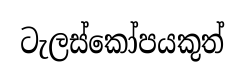
ටැලස්කෝපයකුත්